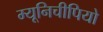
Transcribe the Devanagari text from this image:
म्यूनिचीपियो